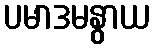
ပမာဒမနွာယ